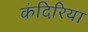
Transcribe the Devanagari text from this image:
कंदिरिया